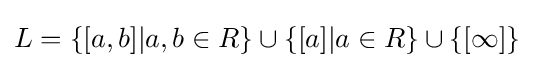
L=\{[a,b]|a,b\in R\}\cup \{[a]|a\in R\}\cup \{[\infty ]\}